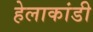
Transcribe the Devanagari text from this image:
हेलाकांडी